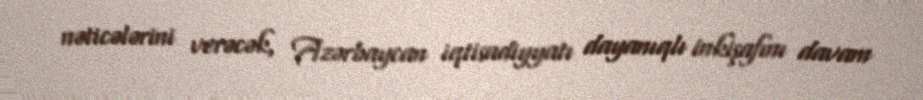
nəticələrini verəcək, Azərbaycan iqtisadiyyatı dayanıqlı inkişafını davam